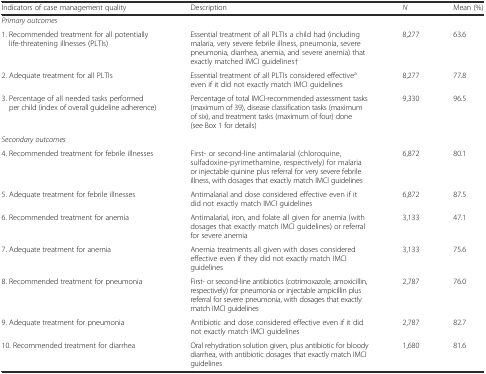
| Indicators of case management quality | Description | N | Mean (%) |
 | --- | --- | --- | --- |
 | Primary outcomes |  |  |  |
 | 1. Recommended treatment for all potentially life-threatening illnesses (PLTIs) | Essential treatment of all PLTIs a child had (including malaria, very severe febrile illness, pneumonia, severe pneumonia, diarrhea, anemia, and severe anemia) that exactly matched IMCI guidelines† | 8,277 | 63.6 |
 | 2. Adequate treatment for all PLTIs | Essential treatment of all PLTIs considered effectivea even if it did not exactly match IMCI guidelines | 8,277 | 77.8 |
 | 3. Percentage of all needed tasks performed per child (index of overall guideline adherence) | Percentage of total IMCI-recommended assessment tasks (maximum of 39), disease classification tasks (maximum of six), and treatment tasks (maximum of four) done (see Box 1 for details) | 9,330 | 96.5 |
 | Secondary outcomes |  |  |  |
 | 4. Recommended treatment for febrile illnesses | First- or second-line antimalarial (chloroquine, sulfadoxine-pyrimethamine, respectively) for malaria or injectable quinine plus referral for very severe febrile illness, with dosages that exactly match IMCI guidelines | 6,872 | 80.1 |
 | 5. Adequate treatment for febrile illnesses | Antimalarial and dose considered effective even if it did not exactly match IMCI guidelines | 6,872 | 87.5 |
 | 6. Recommended treatment for anemia | Antimalarial, iron, and folate all given for anemia (with dosages that exactly match IMCI guidelines) or referral for severe anemia | 3,133 | 47.1 |
 | 7. Adequate treatment for anemia | Anemia treatments all given with doses considered effective even if they did not exactly match IMCI guidelines | 3,133 | 75.6 |
 | 8. Recommended treatment for pneumonia | First- or second-line antibiotics (cotrimoxazole, amoxicillin, respectively) for pneumonia or injectable ampicillin plus referral for severe pneumonia, with dosages that exactly match IMCI guidelines | 2,787 | 76.0 |
 | 9. Adequate treatment for pneumonia | Antibiotic and dose considered effective even if it did not exactly match IMCI guidelines | 2,787 | 82.7 |
 | 10. Recommended treatment for diarrhea | Oral rehydration solution given, plus antibiotic for bloody diarrhea, with antibiotic dosages that exactly match IMCI guidelines | 1,680 | 81.6 |